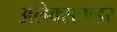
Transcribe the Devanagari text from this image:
अलेक्साण्डर